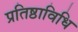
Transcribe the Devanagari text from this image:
प्रतिष्ठाविधि